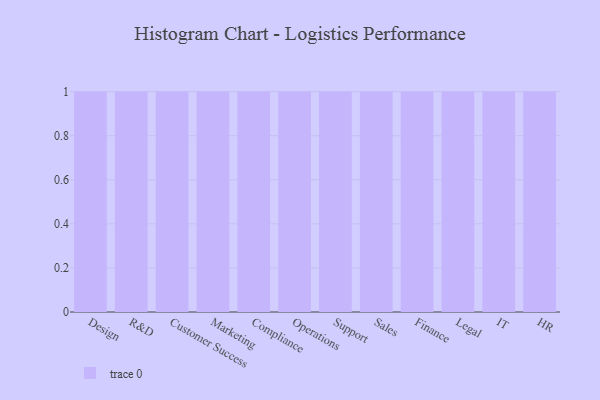
{"axis": {"x": "Department", "y": "Backlog"}, "legend": [""], "data": [{"x": "Design", "y": 96, "type": ""}, {"x": "R&D", "y": 71, "type": ""}, {"x": "Customer Success", "y": 56, "type": ""}, {"x": "Marketing", "y": 22, "type": ""}, {"x": "Compliance", "y": 46, "type": ""}, {"x": "Operations", "y": 18, "type": ""}, {"x": "Support", "y": 80, "type": ""}, {"x": "Sales", "y": 29, "type": ""}, {"x": "Finance", "y": 57, "type": ""}, {"x": "Legal", "y": 4, "type": ""}, {"x": "IT", "y": 74, "type": ""}, {"x": "HR", "y": 56, "type": ""}]}